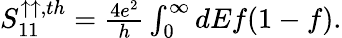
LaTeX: \begin{array}{r}{{S_{11}^{\uparrow\uparrow,th}}={\frac{4e^{2}}{h}\int_{0}^{\infty}dEf(1-f).}}\end{array}